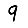
Digit: 9